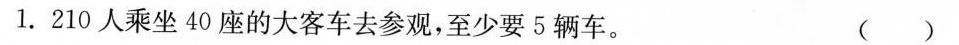
1. 210人乘坐40座的大客车去参观，至少要5辆车。 ()